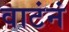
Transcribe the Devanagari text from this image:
वाटंनं